Indian journal of veterinary science and animal husbandry - Volumes 28-29, 1958-1959
Year: 1958
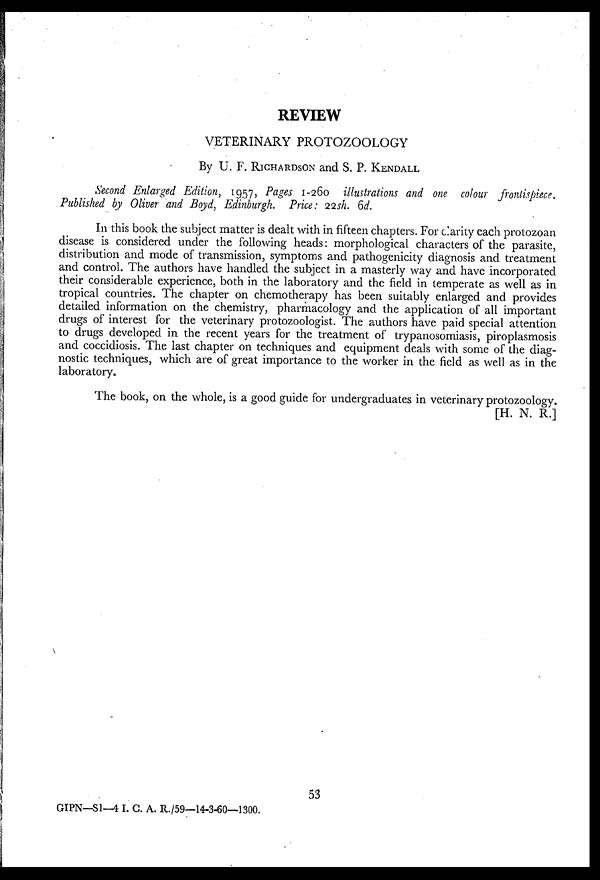
REVIEW
VETERINARY PROTOZOOLOGY
By U. F. RICHARDSON and S. P. KENDALL
Second Enlarged Edition, 1957, Pages 1-260 illustrations and one colour frontispiece.
Published by Oliver and Boyd, Edinburgh. Price : 22sh. 6d.
In this book the subject matter is dealt with in fifteen chapters. For clarity each protozoan
disease is considered under the following heads: morphological characters of the parasite,
distribution and mode of transmission, symptoms and pathogenicity diagnosis and treatment
and control. The authors have handled the subject in a masterly way and have incorporated
their considerable experience, both in the laboratory and the field in temperate as well as in
tropical countries. The chapter on chemotherapy has been suitably enlarged and provides
detailed information on the chemistry, pharmacology and the application of all important
drugs of interest for the veterinary protozoologist. The authors have paid special attention
to drugs developed in the recent years for the treatment of trypanosomiasis, piroplasmosis
and coccidiosis. The last chapter on techniques and equipment deals with some of the diag-
nostic techniques, which are of great importance to the worker in the field as well as in the
laboratory.
The book, on the whole, is a good guide for undergraduates in veterinary protozoology.
[H. N. R.]
53
GIPN—S1—4 I. C. A. R./59—14-3-60—1300.